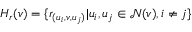
H _ { r } ( v ) = \{ r _ { ( u _ { i } , v , u _ { j } ) } | u _ { i } , u _ { j } \in \mathcal { N } ( v ) , i \ne j \}